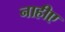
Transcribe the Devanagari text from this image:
नाहीए